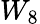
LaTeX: W_{8}